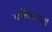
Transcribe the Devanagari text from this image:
वर्णविभागणी